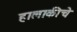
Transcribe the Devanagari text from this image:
हालाकीचे